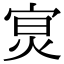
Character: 𡨶